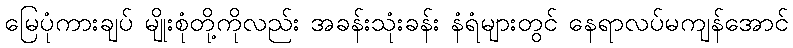
မြေပုံကားချပ် မျိုးစုံတို့ကိုလည်း အခန်းသုံးခန်း နံရံများတွင် နေရာလပ်မကျန်အောင်